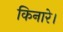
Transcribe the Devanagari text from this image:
किनारे।